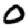
Digit: 0